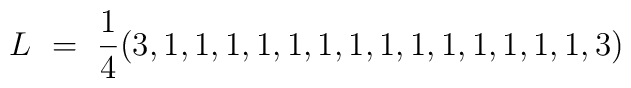
L\ =\ {1\over4}(3,1,1,1,1,1,1,1,1,1,1,1,1,1,1,3)